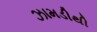
ઝામડીથી